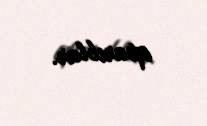
aparıblar.